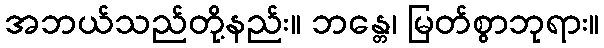
အဘယ်သည်တို့နည်း။ ဘန္တေ၊ မြတ်စွာဘုရား။